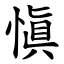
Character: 愼